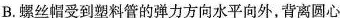
B.螺丝帽受到塑料管的弹力方向水平向外，背离圆心